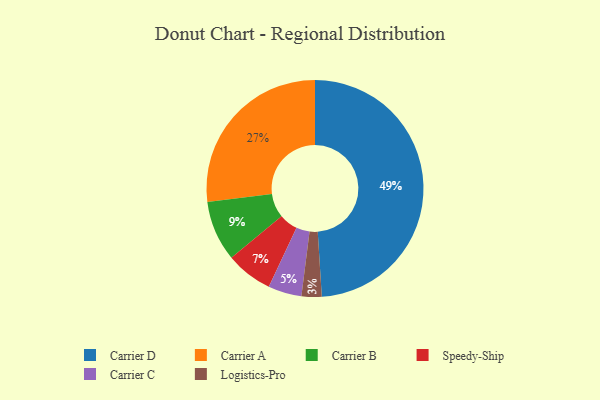
{"axis": {"x": "Category", "y": "Percentage"}, "legend": ["Carrier A", "Carrier B", "Carrier C", "Carrier D", "Logistics-Pro", "Speedy-Ship"], "data": [{"x": "Carrier D", "y": 49, "type": "Carrier D"}, {"x": "Carrier C", "y": 5, "type": "Carrier C"}, {"x": "Carrier A", "y": 27, "type": "Carrier A"}, {"x": "Speedy-Ship", "y": 7, "type": "Speedy-Ship"}, {"x": "Carrier B", "y": 9, "type": "Carrier B"}, {"x": "Logistics-Pro", "y": 3, "type": "Logistics-Pro"}]}